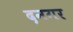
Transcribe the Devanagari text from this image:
दनगर